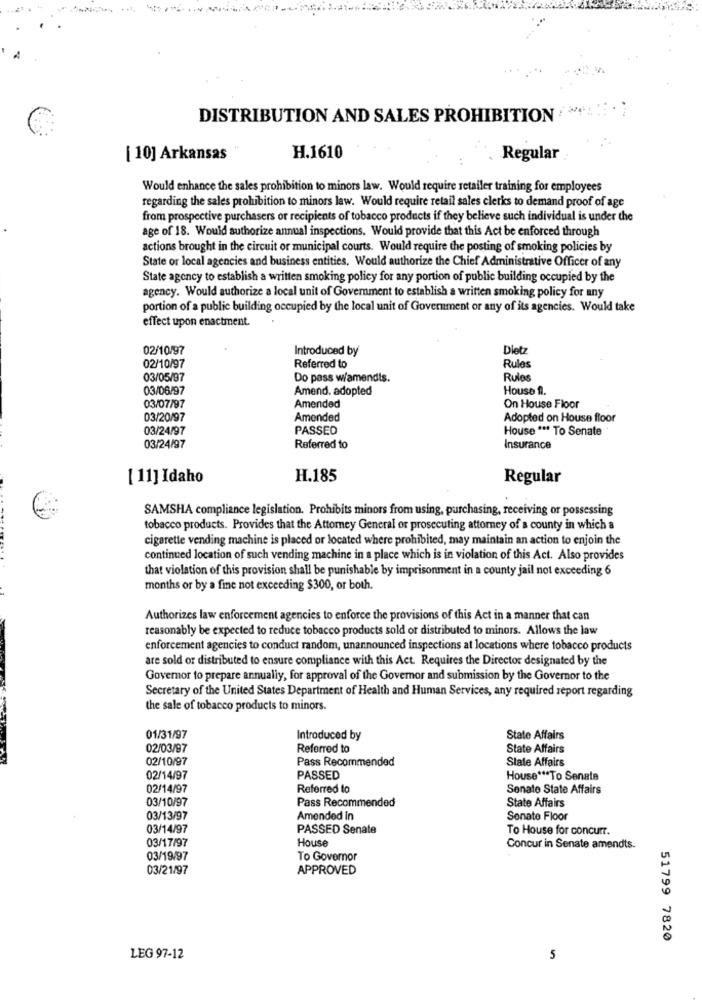
DISTRIBUTION AND SALES PROHIBITION
[ 10] Arkansas
H.1610
Regular
Would enhance the sales prohibition to minors law. Would require retailer training for employees
regarding the sales prohibition to minors law. Would require retail sales clerks to demand proof of age
from prospective purchasers or recipients of tobacco products if they believe such individual is under the
age of 18. Would authorize annual inspections. Would provide that this Act be enforced through
actions brought in the circuit or municipal courts. Would require the posting of smoking policies by
State or local agencies and business entities, Would authorize the Chief Administrative Officer of any
State agency to establish a written smoking policy for any portion of public building occupied by the
agency. Would authorize a local unit of Government to establish a written smoking policy for any
portion of a public building occupied by the local unit of Government or any of its agencies. Would take
effect upon enactment.
02/10/97
Introduced by
Dietz
02/10/97
Referred to
Rules
03/05/97
Do pass w/amendis.
Rules
03/06/97
Amend. adopted
House fl.
03/07/97
Amended
On House Floor
03/20/97
Amended
Adopted on House floor
03/24/97
PASSED
House *** To Senate
03/24/97
Referred to
Insurance
[ 11] Idaho
H.185
Regular
SAMSHA compliance legislation. Prohibits minors from using, purchasing, receiving or possessing
tobacco products. Provides that the Attorney General or prosecuting attorney of a county in which a
cigarette vending machine is placed or located where prohibited, may maintain an action to enjoin the
continued location of such vending machine in a place which is in violation of this Act. Also provides
that violation of this provision shall be punishable by imprisonment in a county jail not exceeding 6
months or by a fine not exceeding $300, or both.
Authorizes law enforcement agencies to enforce the provisions of this Act in a manner that can
reasonably be expected to reduce tobacco products sold or distributed to minors. Allows the law
enforcement agencies to conduct random, unannounced inspections at locations where tobacco products
are sold or distributed to ensure compliance with this Act. Requires the Director designated by the
Governor to prepare annually, for approval of the Governor and submission by the Governor to the
Secretary of the United States Department of Health and Human Services, any required report regarding
the sale of tobacco products to minors.
01/31/97
Introduced by
State Affairs
02/03/97
Referred to
State Affairs
02/10/97
Pass Recommended
Slate Affairs
02/14/97
PASSED
House *** To Senate
02/14/97
Referred to
Senate State Affairs
03/10/97
Pass Recommended
State Affairs
03/13/97
Amended in
Sonate Floor
03/14/97
PASSED Senate
To House for concurr.
03/17/97
House
Concur in Senate amendts.
03/19/97
To Governor
03/21/97
APPROVED
51799 7820
LEG 97-12
5